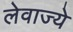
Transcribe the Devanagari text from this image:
लेवाज्ये